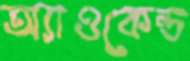
অ্যাওকেন্ড